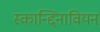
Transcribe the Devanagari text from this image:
स्कान्द्दिनावियन